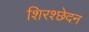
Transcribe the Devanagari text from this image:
शिरश्छेदन